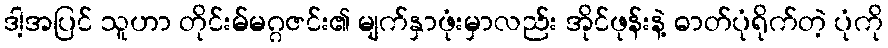
ဒါ့အပြင် သူဟာ တိုင်းမ်မဂ္ဂဇင်း၏ မျက်နှာဖုံးမှာလည်း အိုင်ဖုန်းနဲ့ ဓာတ်ပုံရိုက်တဲ့ ပုံကို